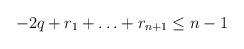
LaTeX: \begin{align*}-2q + r_1 + \ldots + r_{n+1} \le n-1\end{align*}